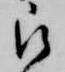
被